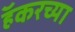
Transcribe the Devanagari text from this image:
हॅकरच्या